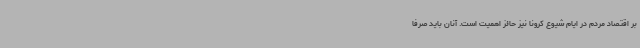
بر اقتصاد مردم در ایام شیوع کرونا نیز حائز اهمیت است. آنان باید صرفا